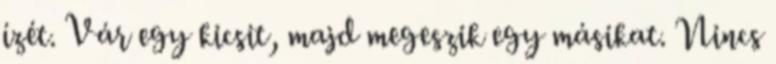
ízét. Vár egy kicsit, majd megeszik egy másikat. Nincs